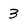
Character: 3